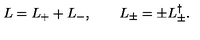
L = L _ { + } + L _ { - } , \qquad L _ { \pm } = \pm L _ { \pm } ^ { \dag } .